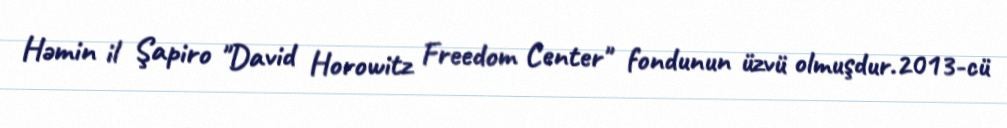
Həmin il Şapiro "David Horowitz Freedom Center" fondunun üzvü olmuşdur.2013-cü